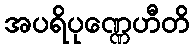
အပရိပုဏ္ဏေဟီတိ